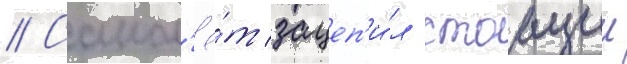
// Самол'ё́т зацеп'и́л стоащии